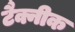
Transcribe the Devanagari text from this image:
टैक्नीक